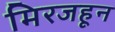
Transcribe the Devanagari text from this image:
मिरजहून